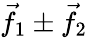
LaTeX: {\vec{f}}_{1}\pm{\vec{f}}_{2}